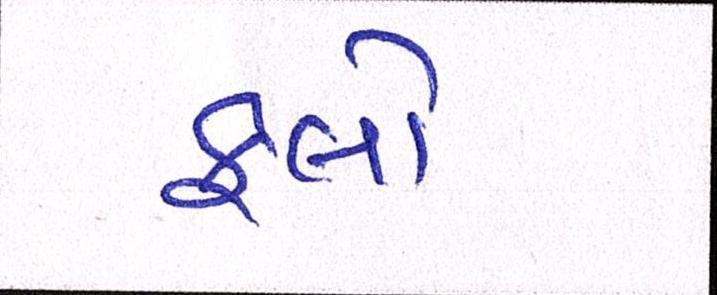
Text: ફ્લો